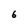
Character: 6